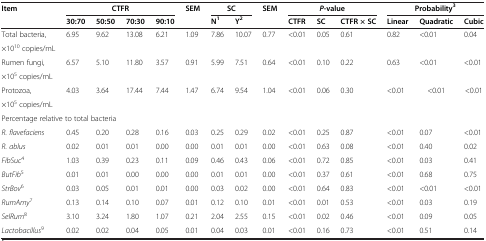
<table><thead><tr><td><b>Item</b></td><td colspan="4"><b>CTFR</b></td><td><b>SEM</b></td><td colspan="2"><b>SC</b></td><td><b>SEM</b></td><td colspan="3"><b><i>P</i>-value</b></td><td colspan="3"><b>Probability<sup>3</sup></b></td></tr><tr><td>[EMPTY_CELL]</td><td><b>30:70</b></td><td><b>50:50</b></td><td><b>70:30</b></td><td><b>90:10</b></td><td>[EMPTY_CELL]</td><td><b>N<sup>1</sup></b></td><td><b>Y<sup>2</sup></b></td><td>[EMPTY_CELL]</td><td><b>CTFR</b></td><td><b>SC</b></td><td><b>CTFR × SC</b></td><td><b>Linear</b></td><td><b>Quadratic</b></td><td><b>Cubic</b></td></tr></thead><tbody><tr><td>Total bacteria,</td><td rowspan="2">6.95</td><td rowspan="2">9.62</td><td rowspan="2">13.08</td><td rowspan="2">6.21</td><td rowspan="2">1.09</td><td rowspan="2">7.86</td><td rowspan="2">10.07</td><td rowspan="2">0.77</td><td rowspan="2">&lt;0.01</td><td rowspan="2">0.05</td><td rowspan="2">0.61</td><td rowspan="2">0.82</td><td rowspan="2">&lt;0.01</td><td rowspan="2">0.04</td></tr><tr><td>×10<sup>10</sup> copies/mL</td></tr><tr><td>Rumen fungi,</td><td rowspan="2">6.57</td><td rowspan="2">5.10</td><td rowspan="2">11.80</td><td rowspan="2">3.57</td><td rowspan="2">0.91</td><td rowspan="2">5.99</td><td rowspan="2">7.51</td><td rowspan="2">0.64</td><td rowspan="2">&lt;0.01</td><td rowspan="2">0.10</td><td rowspan="2">0.22</td><td rowspan="2">0.63</td><td rowspan="2">&lt;0.01</td><td rowspan="2">&lt;0.01</td></tr><tr><td>×10<sup>5</sup> copies/mL</td></tr><tr><td>Protozoa,</td><td rowspan="2">4.03</td><td rowspan="2">3.64</td><td rowspan="2">17.44</td><td rowspan="2">7.44</td><td rowspan="2">1.47</td><td rowspan="2">6.74</td><td rowspan="2">9.54</td><td rowspan="2">1.04</td><td rowspan="2">&lt;0.01</td><td rowspan="2">0.06</td><td rowspan="2">0.30</td><td rowspan="2">&lt;0.01</td><td rowspan="2"> &lt;0.01</td><td rowspan="2">&lt;0.01</td></tr><tr><td>×10<sup>5</sup> copies/mL</td></tr><tr><td colspan="5">Percentage relative to total bacteria</td><td>[EMPTY_CELL]</td><td>[EMPTY_CELL]</td><td>[EMPTY_CELL]</td><td>[EMPTY_CELL]</td><td>[EMPTY_CELL]</td><td>[EMPTY_CELL]</td><td>[EMPTY_CELL]</td><td>[EMPTY_CELL]</td><td>[EMPTY_CELL]</td><td>[EMPTY_CELL]</td></tr><tr><td><i>R. flavefaciens</i></td><td>0.45</td><td>0.20</td><td>0.28</td><td>0.16</td><td>0.03</td><td>0.25</td><td>0.29</td><td>0.02</td><td>&lt;0.01</td><td>0.25</td><td>0.87</td><td>&lt;0.01</td><td>0.07</td><td>&lt;0.01</td></tr><tr><td><i>R. ablus</i></td><td>0.02</td><td>0.01</td><td>0.01</td><td>0.00</td><td>0.00</td><td>0.01</td><td>0.01</td><td>0.00</td><td>&lt;0.01</td><td>0.63</td><td>0.08</td><td>&lt;0.01</td><td>0.40</td><td>0.02</td></tr><tr><td><i>FibSuc</i><sup>4</sup></td><td>1.03</td><td>0.39</td><td>0.23</td><td>0.11</td><td>0.09</td><td>0.46</td><td>0.43</td><td>0.06</td><td>&lt;0.01</td><td>0.72</td><td>0.85</td><td>&lt;0.01</td><td>0.03</td><td>0.41</td></tr><tr><td><i>ButFib</i><sup>5</sup></td><td>0.01</td><td>0.01</td><td>0.00</td><td>0.00</td><td>0.00</td><td>0.01</td><td>0.01</td><td>0.00</td><td>&lt;0.01</td><td>0.37</td><td>0.61</td><td>&lt;0.01</td><td>0.68</td><td>0.75</td></tr><tr><td><i>StrBov</i><sup>6</sup></td><td>0.03</td><td>0.05</td><td>0.01</td><td>0.01</td><td>0.00</td><td>0.03</td><td>0.02</td><td>0.00</td><td>&lt;0.01</td><td>0.64</td><td>0.83</td><td>&lt;0.01</td><td>&lt;0.01</td><td>&lt;0.01</td></tr><tr><td><i>RumAmy</i><sup>7</sup></td><td>0.13</td><td>0.14</td><td>0.10</td><td>0.07</td><td>0.01</td><td>0.12</td><td>0.10</td><td>0.01</td><td>&lt;0.01</td><td>0.01</td><td>0.53</td><td>&lt;0.01</td><td>0.03</td><td>0.19</td></tr><tr><td><i>SelRum</i><sup>8</sup></td><td>3.10</td><td>3.24</td><td>1.80</td><td>1.07</td><td>0.21</td><td>2.04</td><td>2.55</td><td>0.15</td><td>&lt;0.01</td><td>0.02</td><td>0.46</td><td>&lt;0.01</td><td>0.09</td><td>0.05</td></tr><tr><td><i>Lactobacillus</i><sup>9</sup></td><td>0.02</td><td>0.02</td><td>0.04</td><td>0.05</td><td>0.01</td><td>0.04</td><td>0.03</td><td>0.01</td><td>&lt;0.01</td><td>0.16</td><td>0.73</td><td>&lt;0.01</td><td>0.51</td><td>0.14</td></tr></tbody></table>